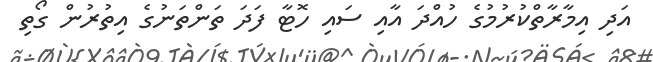
އަދި އިމާރާތްކުރުމުގެ ހުއްދަ އާއި ސައި ހޮޓާ ފަދަ ތަންތަނުގެ އިތުރުން ގޯތި